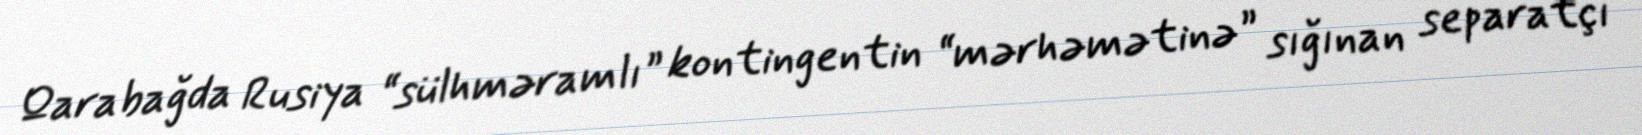
Qarabağda Rusiya “sülhməramlı” kontingentin “mərhəmətinə” sığınan separatçı